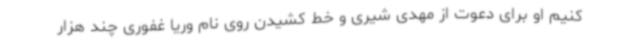
کنیم او برای دعوت از مهدی شیری و خط کشیدن روی نام وریا غفوری چند هزار